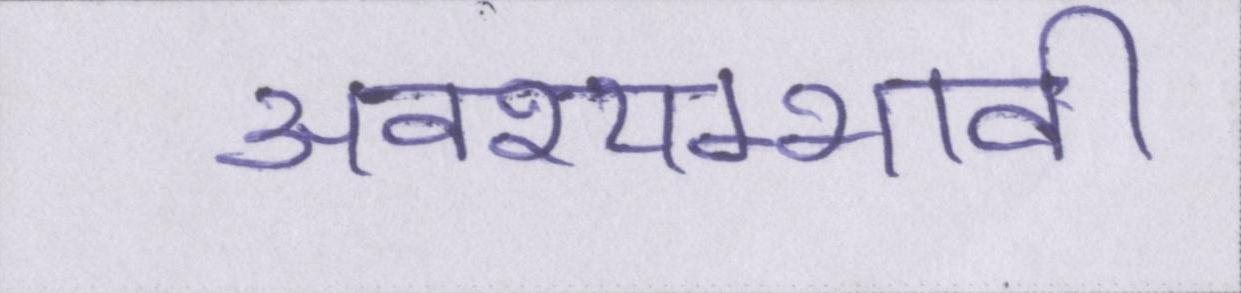
अवश्यम्भावी